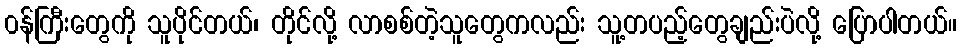
၀န်ကြီးတွေကို သူပိုင်တယ်၊ တိုင်လို့ လာစစ်တဲ့သူတွေကလည်း သူ့တပည့်တွေချည်းပဲလို့ ပြောပါတယ်။